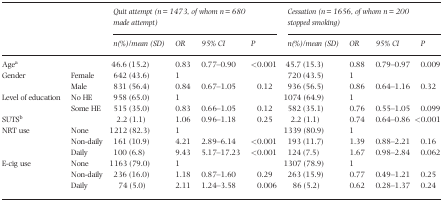
<table><thead><tr><td rowspan="2"></td><td rowspan="2"></td><td colspan="4"><b><i>Quit attempt (n = 1473, of whom n = 680 made attempt)</i></b></td><td colspan="4"><b><i>Cessation (n = 1656, of whom n = 200 stopped smoking)</i></b></td></tr><tr><td><b><i>n(%)/mean (SD)</i></b></td><td><b><i>OR</i></b></td><td><b><i>95% CI</i></b></td><td><b><i>P</i></b></td><td><b><i>n(%)/mean (SD)</i></b></td><td><b><i>OR</i></b></td><td><b><i>95% CI</i></b></td><td><b><i>P</i></b></td></tr></thead><tbody><tr><td>Agea</td><td></td><td>46.6 (15.2)</td><td>0.83</td><td>0.77–0.90</td><td>&lt;0.001</td><td>45.7 (15.3)</td><td>0.88</td><td>0.79–0.97</td><td>0.009</td></tr><tr><td rowspan="2">Gender</td><td>Female</td><td>642 (43.6)</td><td>1</td><td></td><td></td><td>720 (43.5)</td><td>1</td><td></td><td></td></tr><tr><td>Male</td><td>831 (56.4)</td><td>0.84</td><td>0.67–1.05</td><td>0.12</td><td>936 (56.5)</td><td>0.86</td><td>0.64–1.16</td><td>0.32</td></tr><tr><td rowspan="2">Level of education</td><td>No HE</td><td>958 (65.0)</td><td>1</td><td></td><td></td><td>1074 (64.9)</td><td>1</td><td></td><td></td></tr><tr><td>Some HE</td><td>515 (35.0)</td><td>0.83</td><td>0.66–1.05</td><td>0.12</td><td>582 (35.1)</td><td>0.76</td><td>0.55–1.05</td><td>0.099</td></tr><tr><td>SUTSb</td><td></td><td>2.2 (1.1)</td><td>1.06</td><td>0.96–1.18</td><td>0.25</td><td>2.2 (1.1)</td><td>0.74</td><td>0.64–0.86</td><td>&lt;0.001</td></tr><tr><td rowspan="3">NRT use</td><td>None</td><td>1212 (82.3)</td><td>1</td><td></td><td></td><td>1339 (80.9)</td><td>1</td><td></td><td></td></tr><tr><td>Non‐daily</td><td>161 (10.9)</td><td>4.21</td><td>2.89–6.14</td><td>&lt;0.001</td><td>193 (11.7)</td><td>1.39</td><td>0.88–2.21</td><td>0.16</td></tr><tr><td>Daily</td><td>100 (6.8)</td><td>9.43</td><td>5.17–17.23</td><td>&lt;0.001</td><td>124 (7.5)</td><td>1.67</td><td>0.98–2.84</td><td>0.062</td></tr><tr><td rowspan="3">E‐cig use</td><td>None</td><td>1163 (79.0)</td><td>1</td><td></td><td></td><td>1307 (78.9)</td><td>1</td><td></td><td></td></tr><tr><td>Non‐daily</td><td>236 (16.0)</td><td>1.18</td><td>0.87–1.60</td><td>0.29</td><td>263 (15.9)</td><td>0.77</td><td>0.49–1.21</td><td>0.25</td></tr><tr><td>Daily</td><td>74 (5.0)</td><td>2.11</td><td>1.24–3.58</td><td>0.006</td><td>86 (5.2)</td><td>0.62</td><td>0.28–1.37</td><td>0.24</td></tr></tbody></table>